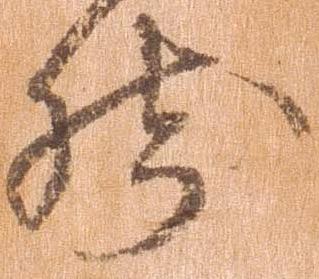
然